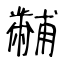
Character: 黼